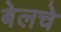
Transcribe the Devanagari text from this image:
बेलचे